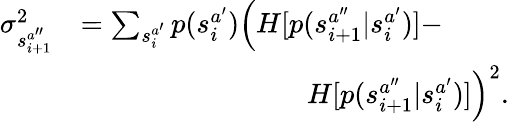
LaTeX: \begin{array}{rl}{\sigma_{s_{i+1}^{a^{\prime\prime}}}^{2}}&{=\sum_{s_{i}^{a^{\prime}}}p(s_{i}^{a^{\prime}})\Big(H[p(s_{i+1}^{a^{\prime\prime}}|s_{i}^{a^{\prime}})]-}\\ &{\qquad\qquad\qquad\qquad H[p(s_{i+1}^{a^{\prime\prime}}|s_{i}^{a^{\prime}})]\Big)^{2}.}\end{array}